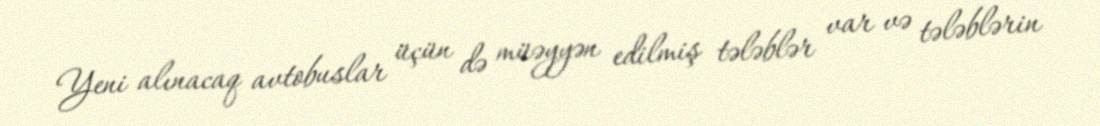
Yeni alınacaq avtobuslar üçün də müəyyən edilmiş tələblər var və tələblərin